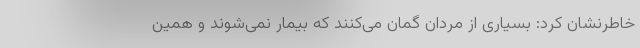
خاطرنشان کرد: بسیاری از مردان گمان می‌کنند که بیمار نمی‌شوند و همین